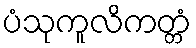
ပံသုကူလိကတ္တံ